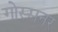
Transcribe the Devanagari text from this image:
गोस्सनर